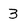
Character: 3